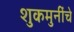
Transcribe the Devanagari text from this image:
शुकमुनींचे